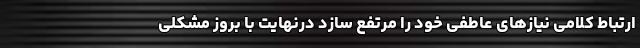
ارتباط کلامی نیازهای عاطفی خود را مرتفع سازد درنهایت با بروز مشکلی